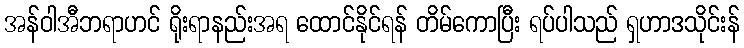
အန်ဝါအီဘရာဟင် ရိုးရာနည်းအရ ထောင်နိုင်ရန် တိမ်ကောပြီး ရပ်ပါသည် ရှဟာဒသိုင်းန်